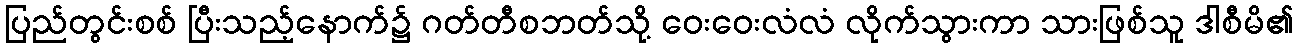
ပြည်တွင်းစစ် ပြီးသည့်နောက်၌ ဂတ်တီစဘတ်သို့ ဝေးဝေးလံလံ လိုက်သွားကာ သားဖြစ်သူ ဒါစီမိ၏